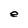
Character: e